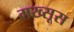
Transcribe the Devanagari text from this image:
मख्सूस